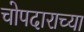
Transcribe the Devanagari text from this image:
चोपदाराच्या